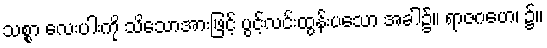
သစ္စာ လေးပါးကို သိသောအားဖြင့် ပွင့်လင်းထွန်းပသော အခါ၌။ ရာဇဂဟေ၊ ၌။